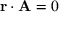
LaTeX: \mathbf { r } \cdot \mathbf { A } = 0